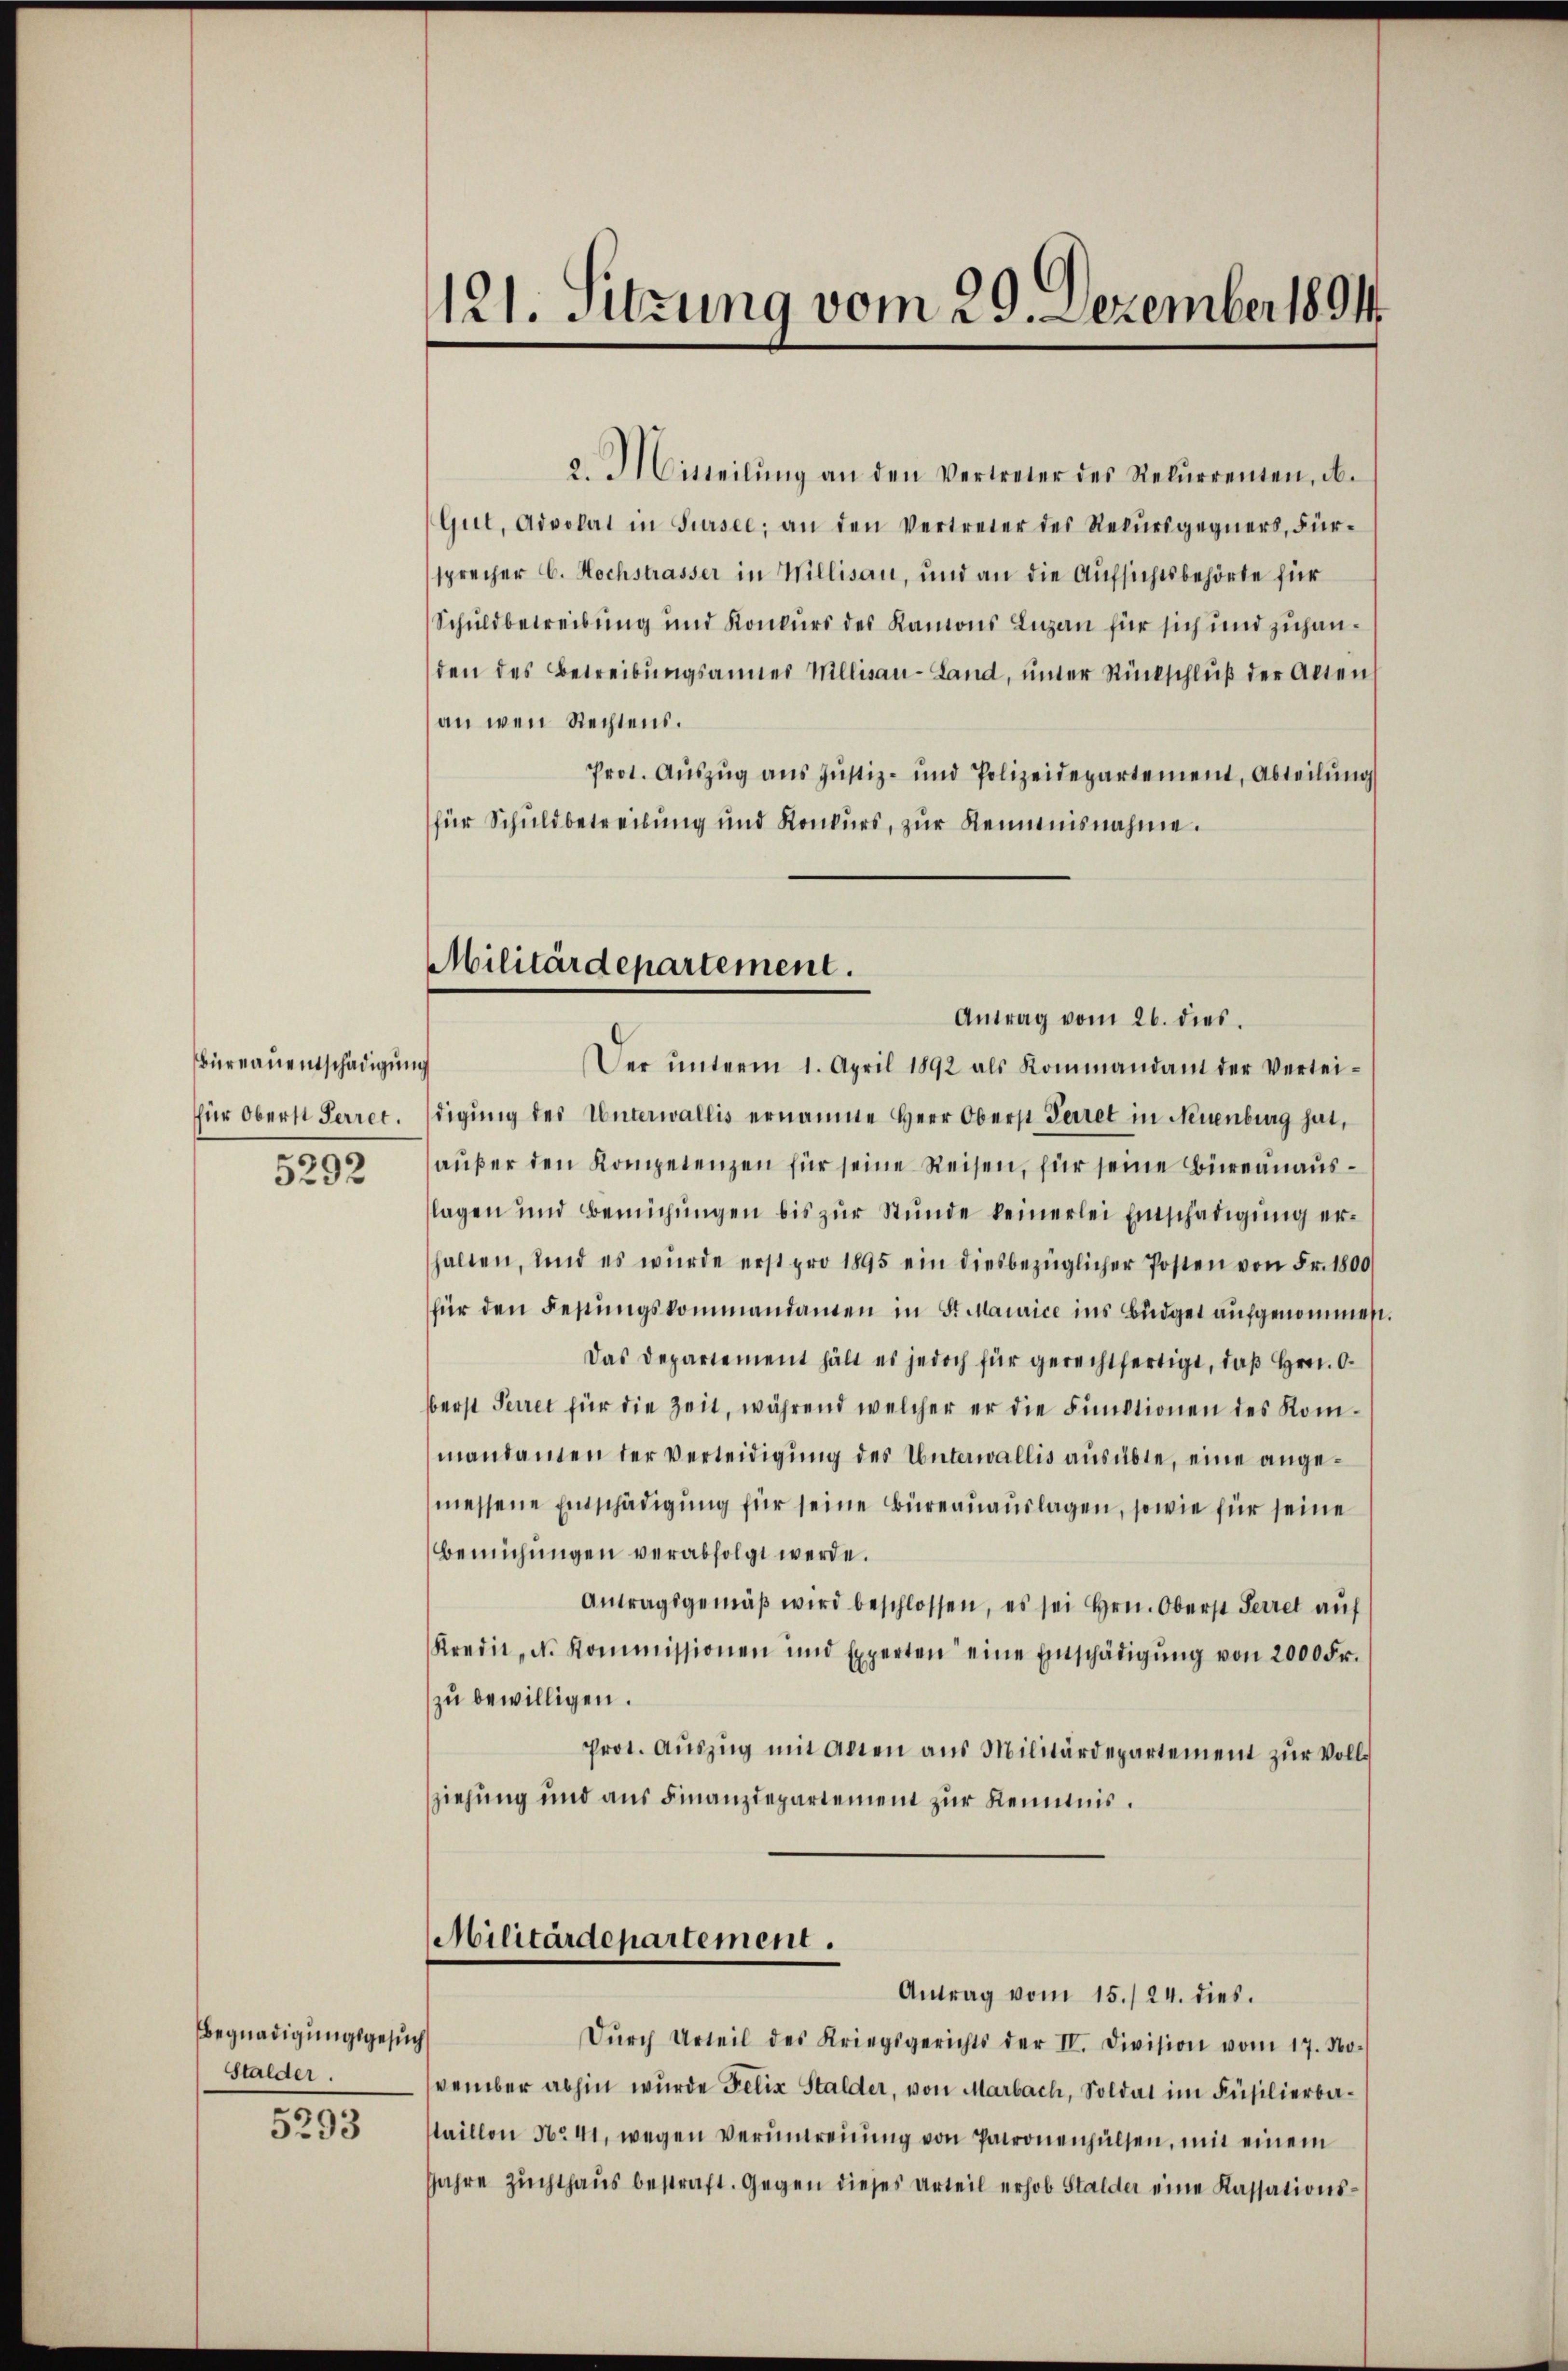
Büreauentschädigung
für Oberst Perret.

5292

a. Mitteilŭng an den Vertreter des Rekurrenten, ab.
Gut, Advokat in Sursee, an den Vertreter des Rekŭrsgegners, Für-
sprecher C. Hochstrasser in Willisau, und an die Aufsichtsbehörte für
Schuldbetreibung und Konkurs des Kanons Luzan für sich und zuhanden des Betreibŭngsannes Millisau-Land, unter Rückschlŭβ der Alten
an wen Rechtens.
Prot. Auszug aus Justiz- und Polizeidepartement, Abteilŭng
für Schuldbetreibung und Konkŭrs, zŭr Kenntnisnahme.

Begnadigungsgesuch
Stalder.

5293

121. Sitzung vom 29. Dezember 1894

Militärdepartement.
Antrag vom 26. dies

Der ŭnterm 1. April 1892 als Kommandant der Verlei-
digung des Unterwallis ernannte Herr Oberst Perret in Neuenburg hat,
aŭβer den Kompetenzen für seine Reisen, für seine Büreanauslagen und Bemühŭngen bis zŭr Stunde keinerlei Einschädigung erhalten, und es würde erst pro 1895 ein diesbezüglicher Posten von Fr. 1800
für den Festŭngskommandanten in St. Maurice ins Büdget aufgenommen.
Das Departement hält es jedoch für gerechtfertigt, daß Hrn. O.
berst Perret für die Zeit, während welcher er die Funktionen des Kommandamen der Verleidigung des Unterwallis ausübte, eine angemessene Einschädigŭng für seine Büreauauslagen, sowie für seine
Bemühŭngen verabfolgt werde.
Antragsgemäβ wird beschlossen, es sei Hrn. Oberst Herret auf
Kredit, d. Kommissionen und Experten eine Einschädigŭng von 2000 Fr.
zu bewilligen.
Prot. Auszug mit Allen aus Militärdepartement zur Vollziehung und aus Finanzdepartement zur Kenntnis.
Militärdepartement.
Antrag vom 15./24. dies
Dŭrch Urteil des Kriegsgerichts der IV. Division vom 17. No-
vember abhin wurde Felix Stalder, von Marbach, Soldat im Füsilierbataillon No 41, wegen Veruntreuung von Patronenhülsen, mit einem
Jahre Zuchthaus bestraft. Gegen dieses Urteil erhob Stalder eine Kassations¬